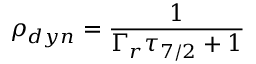
\rho _ { d y n } = { \frac { 1 } { \Gamma _ { r } \tau _ { 7 / 2 } + 1 } }